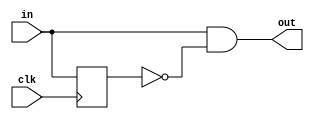
/*
Modulo detector de cantos de subida

Hans Lehnert Merino
Universidad Tcnica Federico Santa Maria
*/

module edge_detector(clk, in, out);
	parameter N = 1;

	input clk;
	input [N-1:0] in;
	output [N-1:0] out;

	reg [N-1:0] buffer = 0;

	assign out = in & ~buffer;

	always @(posedge clk)
		buffer <= in;
endmodule